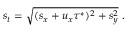
s _ { t } = \sqrt { ( s _ { x } + u _ { x } \tau ^ { * } ) ^ { 2 } + s _ { y } ^ { 2 } } \ .